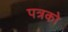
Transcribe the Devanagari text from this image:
पत्रको